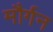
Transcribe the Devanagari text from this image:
मौर्गन